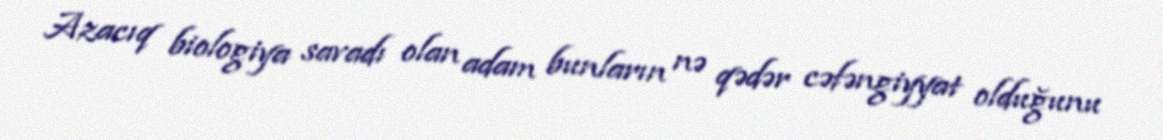
Azacıq biologiya savadı olan adam bunların nə qədər cəfəngiyyat olduğunu